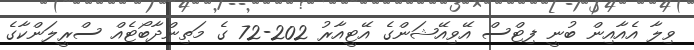
ވިލާ އެއާއިން ބުނީ ފިޓްސް އޭވިއޭޝަންގެ އޭޓީއާރު 202-72 ގެ މަތިންދާބޯޓެއް ސްރީލަންކާގެ